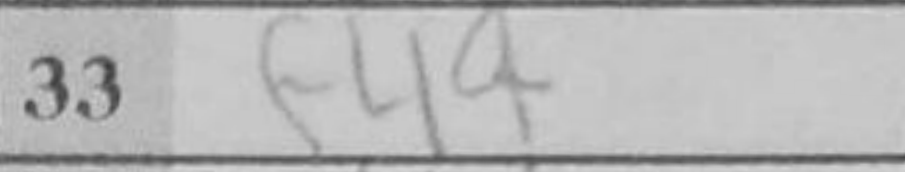
Transcription: f4+